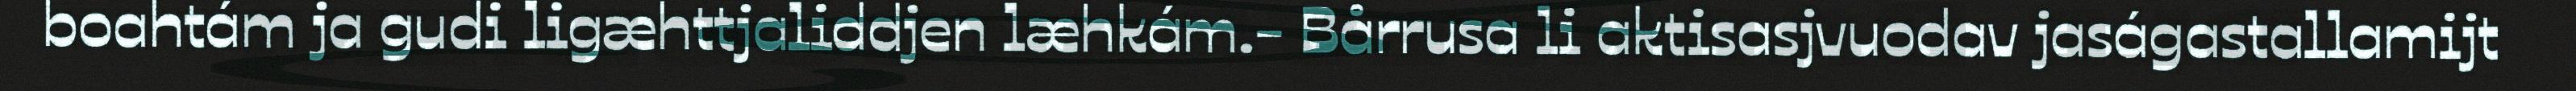
boahtám ja gudi ligæhttjaliddjen læhkám.- Bårrusa li aktisasjvuodav jaságastallamijt